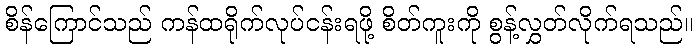
စိန်ကြောင်သည် ကန်ထရိုက်လုပ်ငန်းရဖို့ စိတ်ကူးကို စွန့်လွှတ်လိုက်ရသည်။